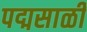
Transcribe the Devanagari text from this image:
पद्मसाळी